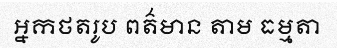
អ្នកថតរូប ពត៌មាន តាម ធម្មតា